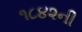
૧૮૪૨ની